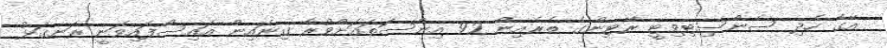
އޭގެ ހެދި ސެންސިޓިވިޓީ ރޭޓިންގެ ތެރެއިން 92 އިންސަތައަށްވުރެ ގިނައިން އައިސްފައިވަނީ ރަނގަޅު